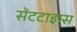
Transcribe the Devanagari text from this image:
सेंटटाइम्स